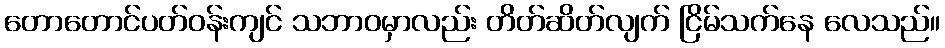
တောတောင်ပတ်ဝန်းကျင် သဘာဝမှာလည်း တိတ်ဆိတ်လျက် ငြိမ်သက်နေ လေသည်။